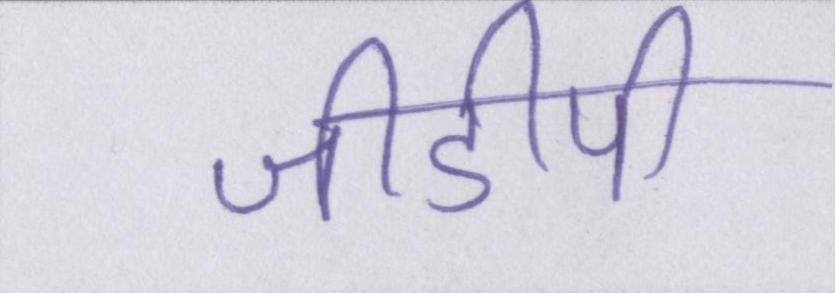
जीडीपी